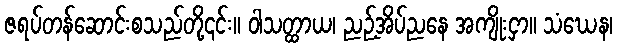
ဇရပ်တန်ဆောင်းစသည်တို့၎င်း။ ဝါသတ္ထာယ၊ ညဉ့်အိပ်ညနေ အကျိုးငှာ။ သံဃေန၊